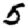
Digit: 5